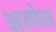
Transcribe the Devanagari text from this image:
अस्पेरा